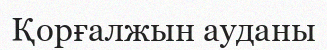
Қорғалжын ауданы